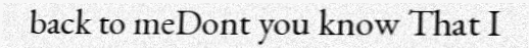
back to meDont you know That I